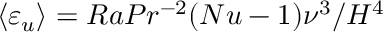
\langle \varepsilon _ { u } \rangle = R a P r ^ { - 2 } ( N u - 1 ) \nu ^ { 3 } / H ^ { 4 }